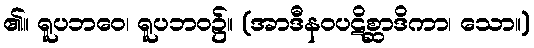
၏။ ရူပဘဝေ၊ ရူပဘဝ၌။ (အာဒီနဝပဋိစ္ဆာဒိကာ၊ သော။)